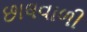
છાલવાળી